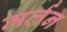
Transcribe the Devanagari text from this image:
मर्लन